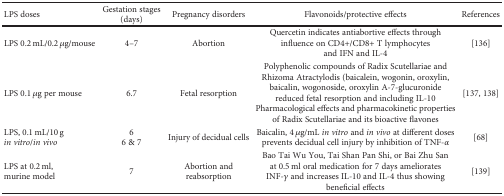
| LPS doses | Gestation stages (days) | Pregnancy disorders | Flavonoids/protective effects | References |
 | --- | --- | --- | --- | --- |
 | LPS 0.2 mL/0.2 μg/mouse | 4–7 | Abortion | Quercetin indicates antiabortive effects through influence on CD4+/CD8+ T lymphocytes and IFN and IL-4 | [136] |
 | LPS 0.1 μg per mouse | 6.7 | Fetal resorption | Polyphenolic compounds of Radix Scutellariae and Rhizoma Atractylodis (baicalein, wogonin, oroxylin, baicalin, wogonoside, oroxylin A-7-glucuronide reduced fetal resorption and including IL-10Pharmacological effects and pharmacokinetic properties of Radix Scutellariae and its bioactive flavones | [137, 138] |
 | LPS, 0.1 mL/10 g in vitro/in vivo | 66 & 7 | Injury of decidual cells | Baicalin, 4 μg/mL in vitro and in vivo at different doses prevents decidual cell injury by inhibition of TNF-α | [68] |
 | LPS at 0.2 ml, murine model | 7 | Abortion and reabsorption | Bao Tai Wu You, Tai Shan Pan Shi, or Bai Zhu San at 0.5 ml oral medication for 7 days ameliorates INF-γ and increases IL-10 and IL-4 thus showing beneficial effects | [139] |